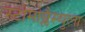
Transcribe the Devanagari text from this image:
स्टोमोब्लैस्चुला